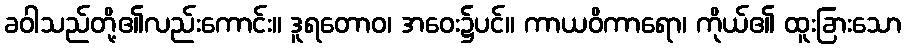
ခဝါသည်တို့၏လည်းကောင်း။ ဒူရတောဝ၊ အဝေး၌ပင်။ ကာယဝိကာရော၊ ကိုယ်၏ ထူးခြားသော